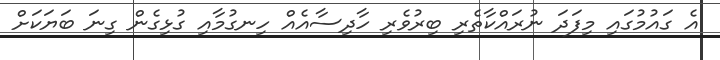
އެ ގައުމުގައި މިފަދަ ނުރައްކާތެރި ބިރުވެރި ހާދިސާއެއް ހިނގުމާއި ގުޅިގެން ގިނަ ބަޔަކަށް